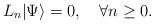
\begin{align*}L_n|\Psi\rangle=0, \quad\forall n\ge0.\end{align*}